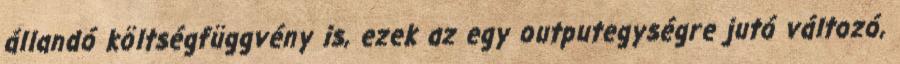
állandó költségfüggvény is, ezek az egy outputegységre jutó változó,